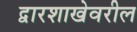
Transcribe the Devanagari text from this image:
द्वारशाखेवरील